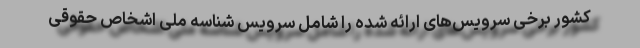
کشور برخی سرویس‌های ارائه شده را شامل سرویس شناسه ملی اشخاص حقوقی